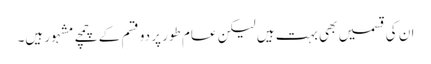
ان کی قسمیں بھی بہت ہیں لیکن عام طور پر دو قسم کے چمچے مشہور ہیں۔